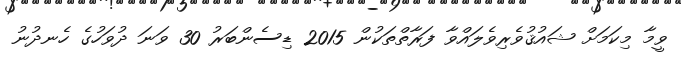
ވީމާ މިކަމަށް ޝައުޤުވެރިވެލައްވާ ފަރާތްތަކުން 2015 ޑިސެންބަރު 30 ވަނަ ދުވަހުގެ ހެނދުނު